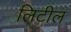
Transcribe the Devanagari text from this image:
लिटील